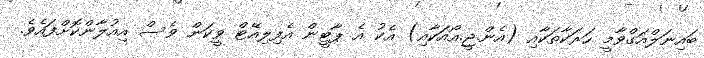
ބައިނަލްއަގްވާމީ ހަރަކާތަކާއި (އެން.ޖީ.އޯއަކާއި) އެކު އެ ޕާޓީން އެފިލިއޭޓް ވީކަން ވެސް އިއުލާންކޮށްފައެވެ.